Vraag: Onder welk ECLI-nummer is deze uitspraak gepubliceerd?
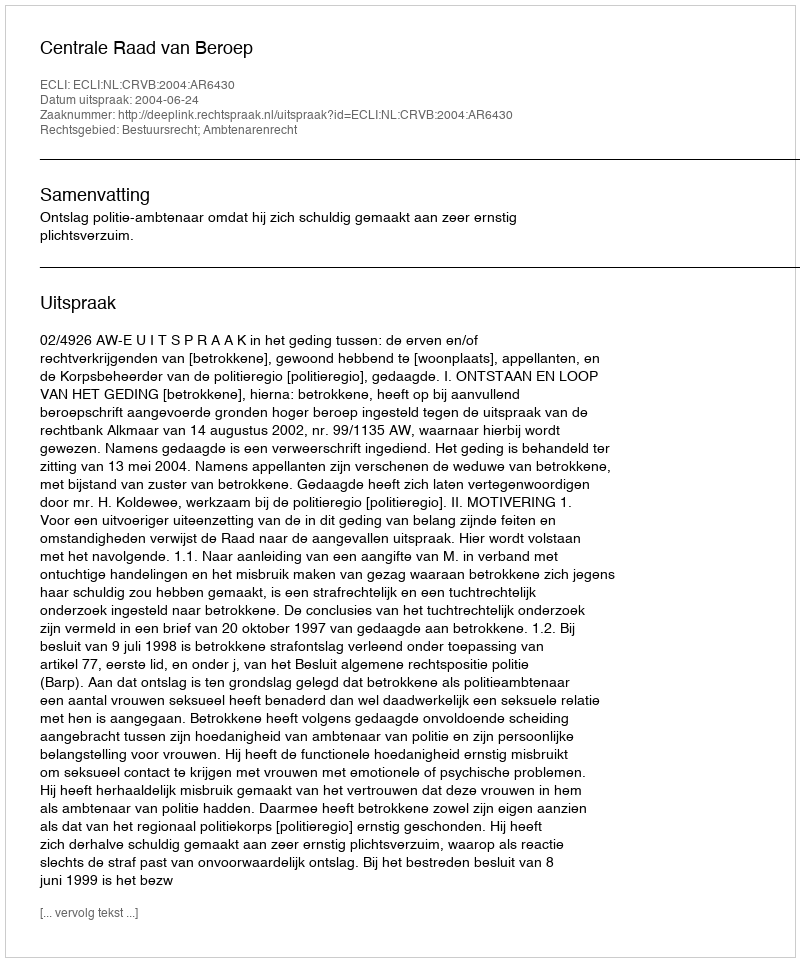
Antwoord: ECLI:NL:CRVB:2004:AR6430